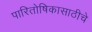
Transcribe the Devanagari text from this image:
पारितोषिकासाठीचे